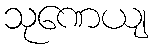
သုဏေယျ